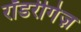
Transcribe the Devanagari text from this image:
रॉडरीगेज़